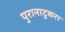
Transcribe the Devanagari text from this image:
पुरानाटुकरा